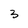
Character: 3